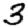
Digit: 3